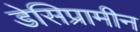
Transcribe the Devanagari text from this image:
डेसिप्रामीन